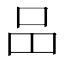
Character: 𠯮